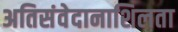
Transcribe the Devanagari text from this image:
अतिसंवेदानाशिलता